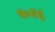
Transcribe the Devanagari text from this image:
९०२६